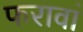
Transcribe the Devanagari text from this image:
फरावां